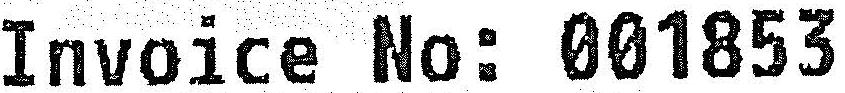
INVOICE NO: 001853